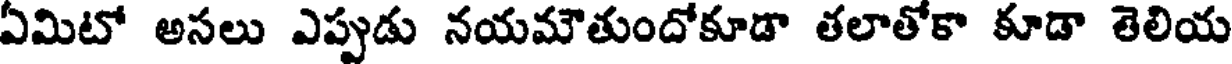
ఏమిటో అసలు ఎప్పుడు నయమౌతుందోకూడా తలాతోకా కూడా తెలియ